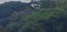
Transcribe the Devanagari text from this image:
कविंनीही